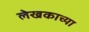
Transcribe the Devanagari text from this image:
लेखकाच्‍या